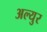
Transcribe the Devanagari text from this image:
अल्युर